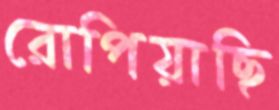
রোপিয়াছি